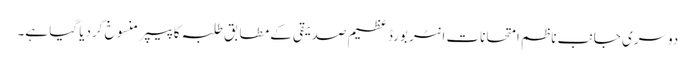
‎دوسری جانب ناظم امتحانات انٹر بورڈ عظیم صدیقی کے مطابق طلبہ کا پیپر منسوخ کردیا گیا ہے۔